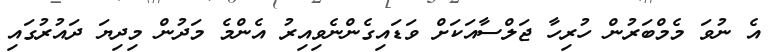
އެ ނުވަ މެމްބަރުން ހުރިހާ ޖަލްސާއަކަށް ވަޑައިގެންނެވިއިރު އެންމެ މަދުން މިދިޔަ ދައުރުގައި